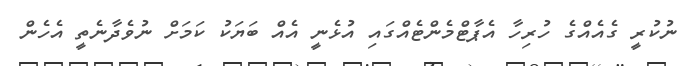
ނުކުރީ ގެއެއްގެ ހުރިހާ އެޕާޓްމެންޓެއްގައި އުޅެނީ އެއް ބަޔަކު ކަމަށް ނުވެދާނެތީ އެހެން